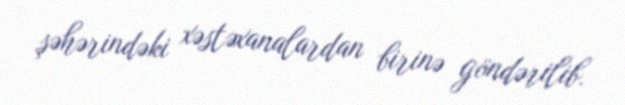
şəhərindəki xəstəxanalardan birinə göndərilib.